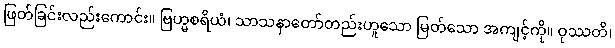
ဖြတ်ခြင်းလည်းကောင်း။ ဗြဟ္မစရိယံ၊ သာသနာတော်တည်းဟူသော မြတ်သော အကျင့်ကို။ ဝုဿတိ၊